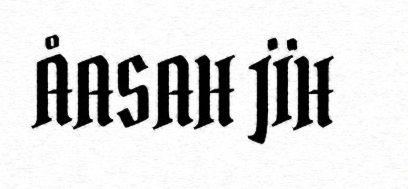
ÅASAH JÏH